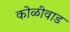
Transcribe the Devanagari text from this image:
कोळीवाड